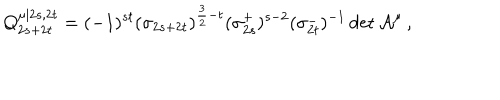
LaTeX: Q _ { 2 s + 2 t } ^ { \mu | 2 s , 2 t } = ( - 1 ) ^ { s t } ( \sigma _ { 2 s + 2 t } ) ^ { \frac { 3 } { 2 } - t } ( \sigma _ { 2 s } ^ { + } ) ^ { s - 2 } ( \sigma _ { 2 t } ^ { - } ) ^ { - 1 } \det \mathcal { A } ^ { \mu } \mathcal { \, } ,